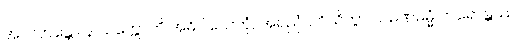
အလဘန္တော န သက္ကောတိ အဓိဝါသေတုံ, အရညံ ပဝိသိတွာ သမဏဓမ္မံ ကရောန္တဿပိ